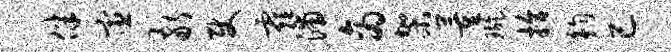
伴宦敬使霾浦商架董璇拾钧已